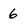
Character: 6